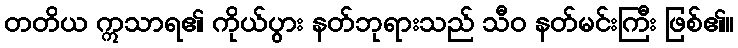
တတိယ ဣသာရ၏ ကိုယ်ပွား နတ်ဘုရားသည် သီဝ နတ်မင်းကြီး ဖြစ်၏။